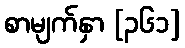
စာမျက်နှာ [၃၆၁]